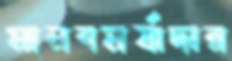
মানবমর্যাদার